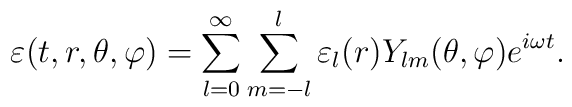
\varepsilon(t,r,\theta,\varphi)=\sum_{l=0}^{\infty}\sum_{m=-l}^{l} \varepsilon_{l}(r) Y_{lm}(\theta,\varphi)e^{i \omega t} .